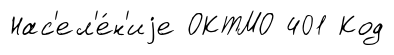
Нас'ел'е́н'иjе ОКТМО 401 Код